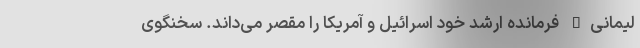
لیمانی" فرمانده ارشد خود اسرائیل و آمریکا را مقصر می‌داند. سخنگوی